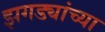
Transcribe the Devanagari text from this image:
झगड्यांच्या